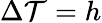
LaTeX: \Delta\mathcal{T}=h